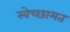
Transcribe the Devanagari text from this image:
स्वेच्छामत